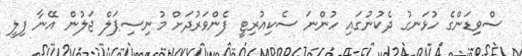
ސްވިޑަންގެ ހުޅަނގު ދެކުނުގައި ހުންނަ ސެކިއުރިޓީ ފެންވަރުދަށް މުނިސިޕަލް ޖަލުން އޭނާ ފިލީ